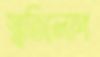
স্মৃতিলোপ